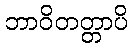
ဘာဝိတတ္တာပိ